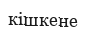
кішкене